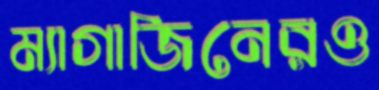
ম্যাগাজিনেরও